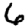
Digit: 6